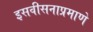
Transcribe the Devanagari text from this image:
इसवीसनाप्रमाणे